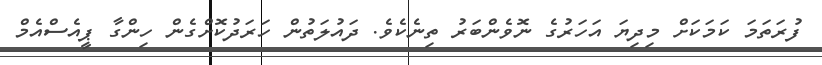
ފުރަތަމަ ކަމަކަށް މިދިޔަ އަހަރުގެ ނޮވެންބަރު ތިނެކެވެ. ދައުލަތުން ހަރަދުކޮށްގެން ހިންގާ ޕީއެސްއެމް